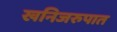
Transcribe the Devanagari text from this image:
खनिजरुपात